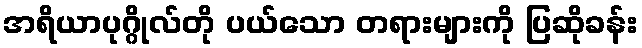
အရိယာပုဂ္ဂိုလ်တို ပယ်သော တရားများကို ပြဆိုခန်း